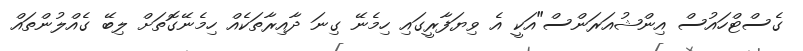
ގެސްޓްހައުސް އިންޝުއަރަންސް"އަކީ އެ ވިޔަފާރީގައި ހިމެނޭ ގިނަ ދާއިރާތަކެއް ހިމެނޭގޮތަށް ލިބޭ ގެއްލުންތައް